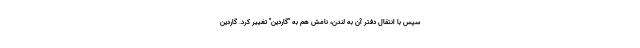
سپس با انتقال دفتر آن به لندن، نامش هم به "گاردین" تغییر کرد. گاردین